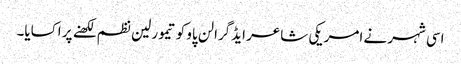
اسی شہر نے امریکی شاعر ایڈگرالن پاو کو تیمورلین نظم لکھنے پر اکسایا۔